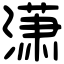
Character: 潇